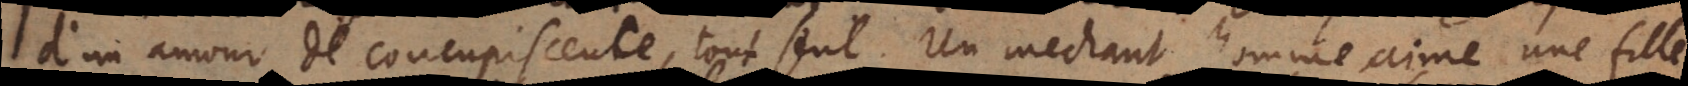
d’un amour de concupiscence, tout seul. Un méchant homme aime une fille